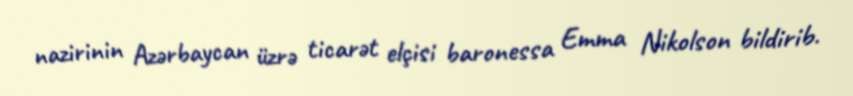
nazirinin Azərbaycan üzrə ticarət elçisi baronessa Emma Nikolson bildirib.